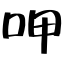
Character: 呷